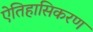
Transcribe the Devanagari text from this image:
ऐतिहासिकरण